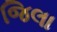
જિલા